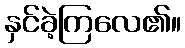
နှင်ခဲ့ကြလေ၏။